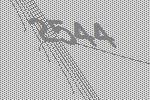
2544